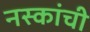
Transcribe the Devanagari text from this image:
नस्कांची